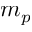
m _ { p }